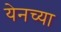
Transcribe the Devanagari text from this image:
येनच्या